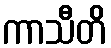
ကာသီတိ